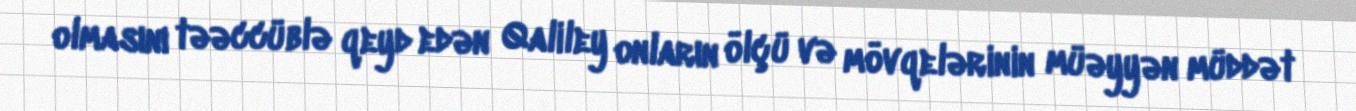
olmasını təəccüblə qeyd edən Qaliley onların ölçü və mövqelərinin müəyyən müddət